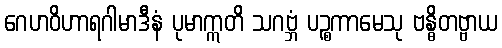
ဂေဟဝိဟာရဂါမာဒီနံ ပုမာဣတိ သဂဗ္ဘံ ပဉ္စကာမေသု ဗန္ဓိတဗ္ဗာယ